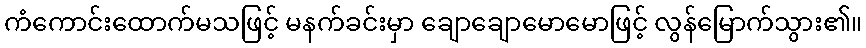
ကံကောင်းထောက်မသဖြင့် မနက်ခင်းမှာ ချောချောမောမောဖြင့် လွန်မြောက်သွား၏။